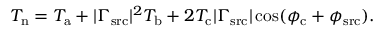
\begin{array} { r } { T _ { \mathrm { n } } = T _ { \mathrm { a } } + | \Gamma _ { \mathrm { s r c } } | ^ { 2 } T _ { \mathrm { b } } + 2 T _ { \mathrm { c } } | \Gamma _ { \mathrm { s r c } } | \cos ( \phi _ { \mathrm { c } } + \phi _ { \mathrm { s r c } } ) . } \end{array}